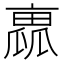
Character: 𠆁